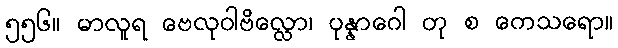
၅၅၆။ မာလူရ ဗေလုဝါဗိလ္လော၊ ပုန္နာဂေါ တု စ ကေသရော။